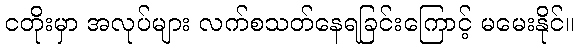
ငတိုးမှာ အလုပ်များ လက်စသတ်နေရခြင်းကြောင့် မမေးနိုင်။